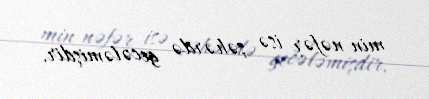
min nəfər isə şəhərdə gecələmişdir.